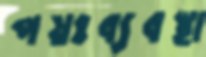
পয়ঃব্যবস্থা